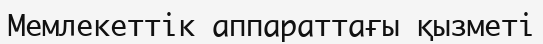
Мемлекеттік аппараттағы қызметі